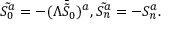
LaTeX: \tilde { S _ { 0 } ^ { a } } = - ( \Lambda \bar { \tilde { S } _ { 0 } } ) ^ { a } , \tilde { S _ { n } ^ { a } } = - S _ { n } ^ { a } .